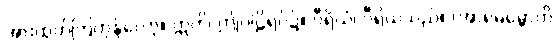
အားထုတ်ကြကုန်လော့။ ဣတိ၊ ဤပါဠိရပ်၌။ ဝီရိယံ၊ ဝီရိယသည်။ (အာရမမ္ဘောတိ